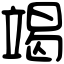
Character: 竭